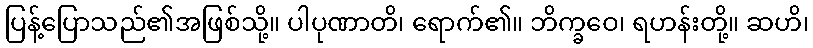
ပြန့်ပြောသည်၏အဖြစ်သို့။ ပါပုဏာတိ၊ ရောက်၏။ ဘိက္ခဝေ၊ ရဟန်းတို့။ ဆဟိ၊